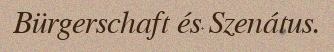
Bürgerschaft és Szenátus.